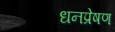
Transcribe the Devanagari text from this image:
धनप्रेषण